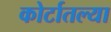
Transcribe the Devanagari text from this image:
कोर्टातल्या